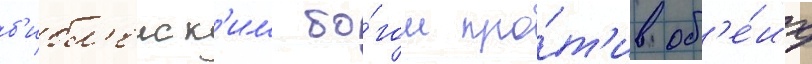
б'ибл'еиск'им бо́гом про́т'ив об'е́их